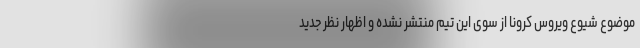
موضوع شیوع ویروس کرونا از سوی این تیم منتشر نشده و اظهار نظر جدید